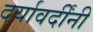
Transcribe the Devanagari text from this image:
दर्यावर्दींनी